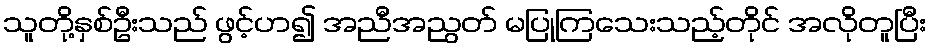
သူတို့နှစ်ဦးသည် ဖွင့်ဟ၍ အညီအညွတ် မပြုကြသေးသည့်တိုင် အလိုတူပြီး